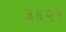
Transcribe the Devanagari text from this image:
३६२१